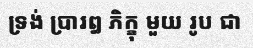
ទ្រង់ ប្រារឰ ភិក្ខុ មួយ រូប ជា